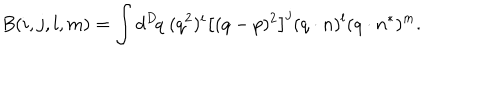
B ( i , j , l , m ) = \int d ^ { D } \! q \; ( q ^ { 2 } ) ^ { i } \left[ ( q - p ) ^ { 2 } \right] ^ { j } ( q \cdot n ) ^ { l } ( q \cdot n ^ { * } ) ^ { m } .